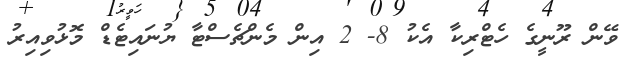
ވޭން ރޫނީގެ ހެޓްރިކާ އެކު 8- 2 އިން މެންޗެސްޓާ ޔުނައިޓެޑް މޮޅުވިއިރު